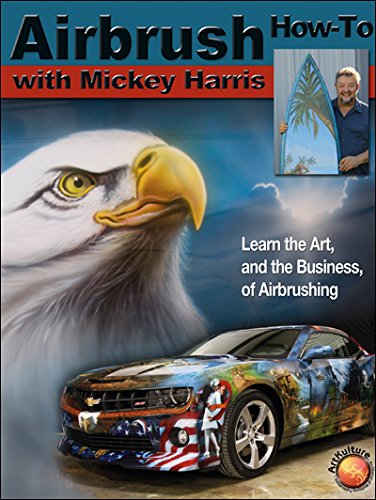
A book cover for Airbrush How-to with Mickey Harris (Air Skool); Mickey Harris; Arts & Photography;